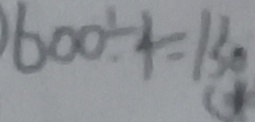
6 0 0 \div 4 = 1 3 0